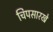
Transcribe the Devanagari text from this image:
चिपसारखे